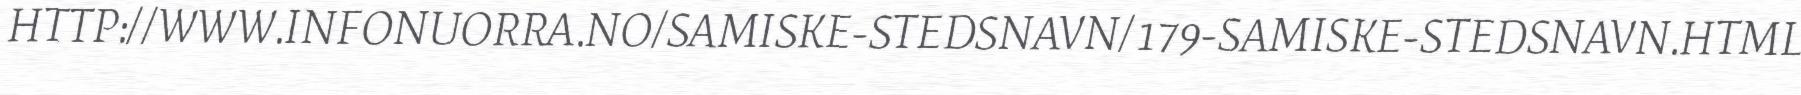
HTTP://WWW.INFONUORRA.NO/SAMISKE-STEDSNAVN/179-SAMISKE-STEDSNAVN.HTML